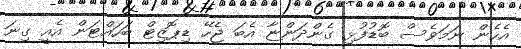
އެހެން ނަމަވެސް ބޮޑުފުޅި ގެންދަންޏާ އެބަ ޖެހޭ ޑިޕޮޒިޓް ބަހައްޓަން އެއީ ގިނަ